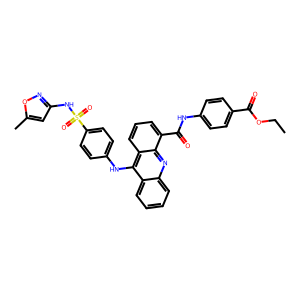
SMILES: CCOC(=O)c1ccc(NC(=O)c2cccc3c(Nc4ccc(S(=O)(=O)Nc5cc(C)on5)cc4)c4ccccc4nc23)cc1
Inhibits HIV replication: No